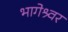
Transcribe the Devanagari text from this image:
भागेश्र्वर